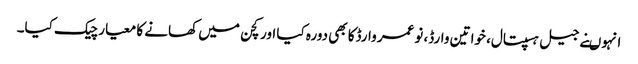
انہوںنے جیل ہسپتال، خواتین وارڈ، نوعمر وارڈکا بھی دورہ کیا اور کچن میں کھانے کا معیار چیک کیا۔